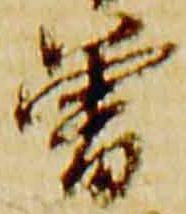
曽